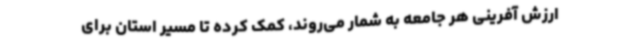
ارزش آفرینی هر جامعه‌ به شمار می‌روند، کمک کرده تا مسیر استان برای